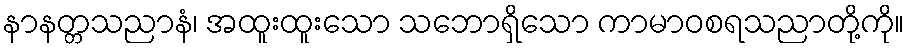
နာနတ္တသညာနံ၊ အထူးထူးသော သဘောရှိသော ကာမာဝစရသညာတို့ကို။